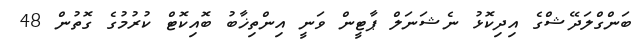
ބަންގްލަދޭޝްގެ އިދިކޮޅު ނެޝަނަލް ޕާޓީން ވަނީ އިންތިޚާބު ބޮއިކޮޓް ކުރުމުގެ ގޮތުން 48